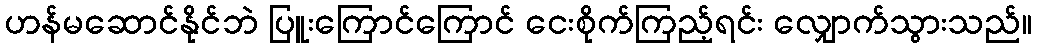
ဟန်မဆောင်နိုင်ဘဲ ပြူးကြောင်ကြောင် ငေးစိုက်ကြည့်ရင်း လျှောက်သွားသည်။